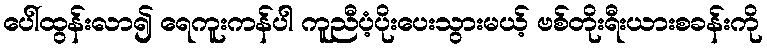
ပေါ်ထွန်းလာ၍ ရေကူးကန်ပါ ကူညီပံ့ပိုးပေးသွားမယ့် ဗစ်တိုးရီးယားစခန်းကို